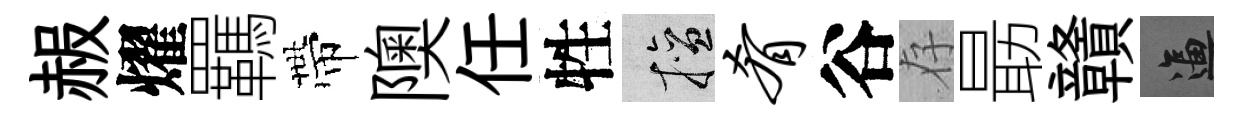
赧燿羈帶隩任牲擅肴谷存朂贛逼